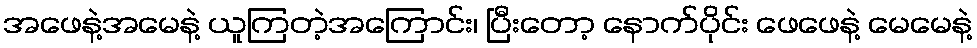
အဖေနဲ့အမေနဲ့ ယူကြတဲ့အကြောင်း၊ ပြီးတော့ နောက်ပိုင်း ဖေဖေနဲ့ မေမေနဲ့